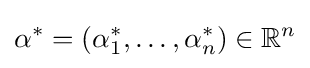
\alpha ^{*}=(\alpha _{1}^{*},\dots ,\alpha _{n}^{*})\in \mathbb {R} ^{n}